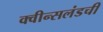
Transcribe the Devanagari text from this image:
क्वीन्सलंडची